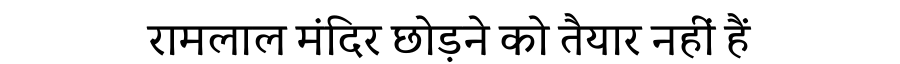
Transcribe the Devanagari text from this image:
रामलाल मंदिर छोड़ने को तैयार नहीं हैं